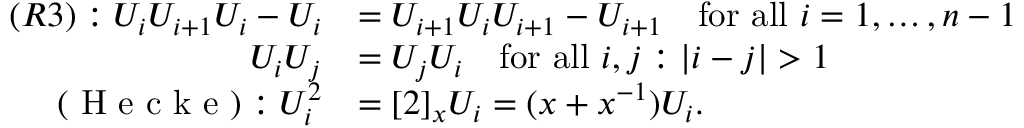
\begin{array} { r l } { ( R 3 ) : U _ { i } U _ { i + 1 } U _ { i } - U _ { i } } & { = U _ { i + 1 } U _ { i } U _ { i + 1 } - U _ { i + 1 } \quad \mathrm { f o r ~ a l l ~ } i = 1 , \dots , n - 1 } \\ { U _ { i } U _ { j } } & { = U _ { j } U _ { i } \quad \mathrm { f o r ~ a l l ~ } i , j : | i - j | > 1 } \\ { ( \textrm { H e c k e } ) : U _ { i } ^ { 2 } } & { = [ 2 ] _ { x } U _ { i } = ( x + x ^ { - 1 } ) U _ { i } . } \end{array}